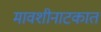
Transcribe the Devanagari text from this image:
मावशीनाटकात